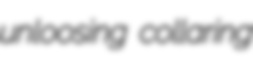
unloosing collaring